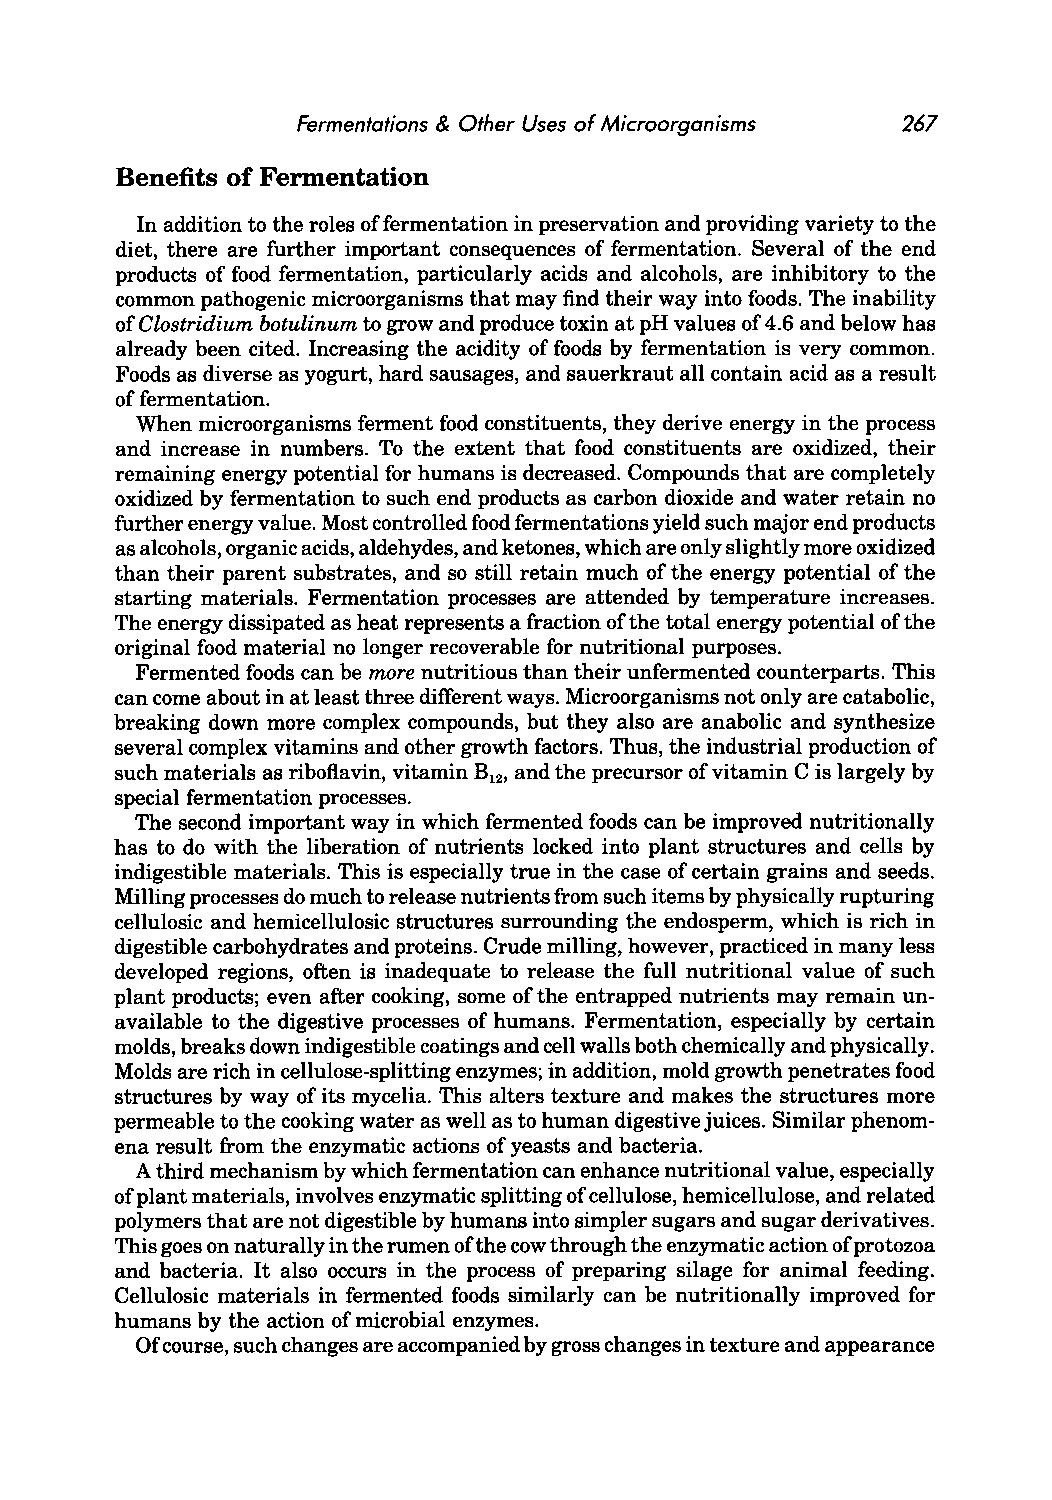
Fermentations & Other Uses of Microorganisms 267
 Benefits of Fermentation
 In addition to the roles of fermentation in preservation and providing variety to the
 diet, there are further important consequences of fermentation. Several of the end
 products of food fermentation, particularly acids and alcohols, are inhibitory to the
 common pathogenic microorganisms that may find their way into foods. The inability
 of Clostridium botulinum to grow and produce toxin at pH values of 4.6 and below has
 already been cited. Increasing the acidity of foods by fermentation is very common.
 Foods as diverse as yogurt, hard sausages, and sauerkraut all contain acid as a result
 of fermentation.
 When microorganisms ferment food constituents, they derive energy in the process
 and increase in numbers. To the extent that food constituents are oxidized, their
 remaining energy potential for humans is decreased. Compounds that are completely
 oxidized by fermentation to such end products as carbon dioxide and water retain no
 further energy value. Most controlled food fermentations yield such major end products
 as alcohols, organic acids, aldehydes, and ketones, which are only slightly more oxidized
 than their parent substrates, and so still retain much of the energy potential of the
 starting materials. Fermentation processes are attended by temperature increases.
 The energy dissipated as heat represents a fraction of the total energy potential of the
 original food material no longer recoverable for nutritional purposes.
 Fermented foods can be more nutritious than their unfermented counterparts. This
 can come about in at least three different ways. Microorganisms not only are catabolic,
 breaking down more complex compounds, but they also are anabolic and synthesize
 several complex vitamins and other growth factors. Thus, the industrial production of
 such materials as riboflavin, vitamin B and the precursor of vitamin C is largely by
 12,
 special fermentation processes.
 The second important way in which fermented foods can be improved nutritionally
 has to do with the liberation of nutrients locked into plant structures and cells by
 indigestible materials. This is especially true in the case of certain grains and seeds.
 Milling processes do much to release nutrients from such items by physically rupturing
 cellulosic and hemicellulosic structures surrounding the endosperm, which is rich in
 digestible carbohydrates and proteins. Crude milling, however, practiced in many less
 developed regions, often is inadequate to release the full nutritional value of such
 plant products; even after cooking, some of the entrapped nutrients may remain un
 available to the digestive processes of humans. Fermentation, especially by certain
 molds, breaks down indigestible coatings and cell walls both chemically and physically.
 Molds are rich in cellulose-splitting enzymes; in addition, mold growth penetrates food
 structures by way of its mycelia. This alters texture and makes the structures more
 permeable to the cooking water as well as to human digestive juices. Similar phenom
 ena result from the enzymatic actions of yeasts and bacteria.
 A third mechanism by which fermentation can enhance nutritional value, especially
 of plant materials, involves enzymatic splitting of cellulose, hemicellulose, and related
 polymers that are not digestible by humans into simpler sugars and sugar derivatives.
 This goes on naturally in the rumen of the cow through the enzymatic action of protozoa
 and bacteria. It also occurs in the process of preparing silage for animal feeding.
 Cellulosic materials in fermented foods similarly can be nutritionally improved for
 humans by the action of microbial enzymes.
 Of course, such changes are accompanied by gross changes in texture and appearance